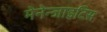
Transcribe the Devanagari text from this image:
मेनेन्जाइटिस